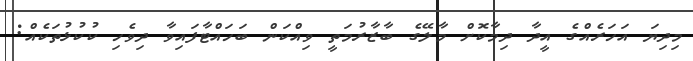
މިދިޔަ އަހަރެއްގެ އީދާ ދިމާކޮށް މާލޭގެ ބާޒާރުމަތީ ވިއްކަން ބަހައްޓާފައިވާ ދިވެހި ކުކުޅުތަކެއް: